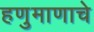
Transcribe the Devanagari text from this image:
हणुमाणाचे